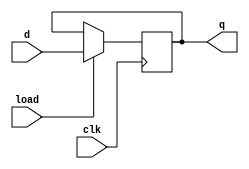
`timescale 1ns / 1ps
//////////////////////////////////////////////////////////////////////////////////
// Component: parallel load register
//
// Description: loads d on clk rising edge and outputs continuously to q
//              only loads new q if load=1 during rising edge
//
// Usage: To use this component, copy it into the location of the other sources in
//        your project. Add the source to your project using the same menu you use
//        to create new sources. Refer to the instructions on the WatsonWiki
//        Verilog component library download page for instructions on how to
//        modify the data size accepted by the component.
//////////////////////////////////////////////////////////////////////////////////

module register
    #(parameter DataSize = 2)
    (
    clk,
    load,
    d,
    q
    );

    //parameter DataSize = 2; // ** Set this to required data size **

    input clk,load;
    input  [DataSize-1:0] d;
    output [DataSize-1:0] q;

    reg [DataSize-1:0] q = {DataSize{1'b0}};

    always @ (posedge clk)
        if (load) begin
            q <= d;
        end

endmodule